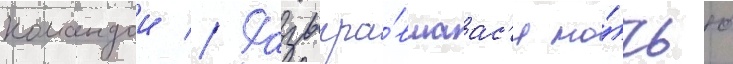
командои // Разыгра́вшаас'я но́чью